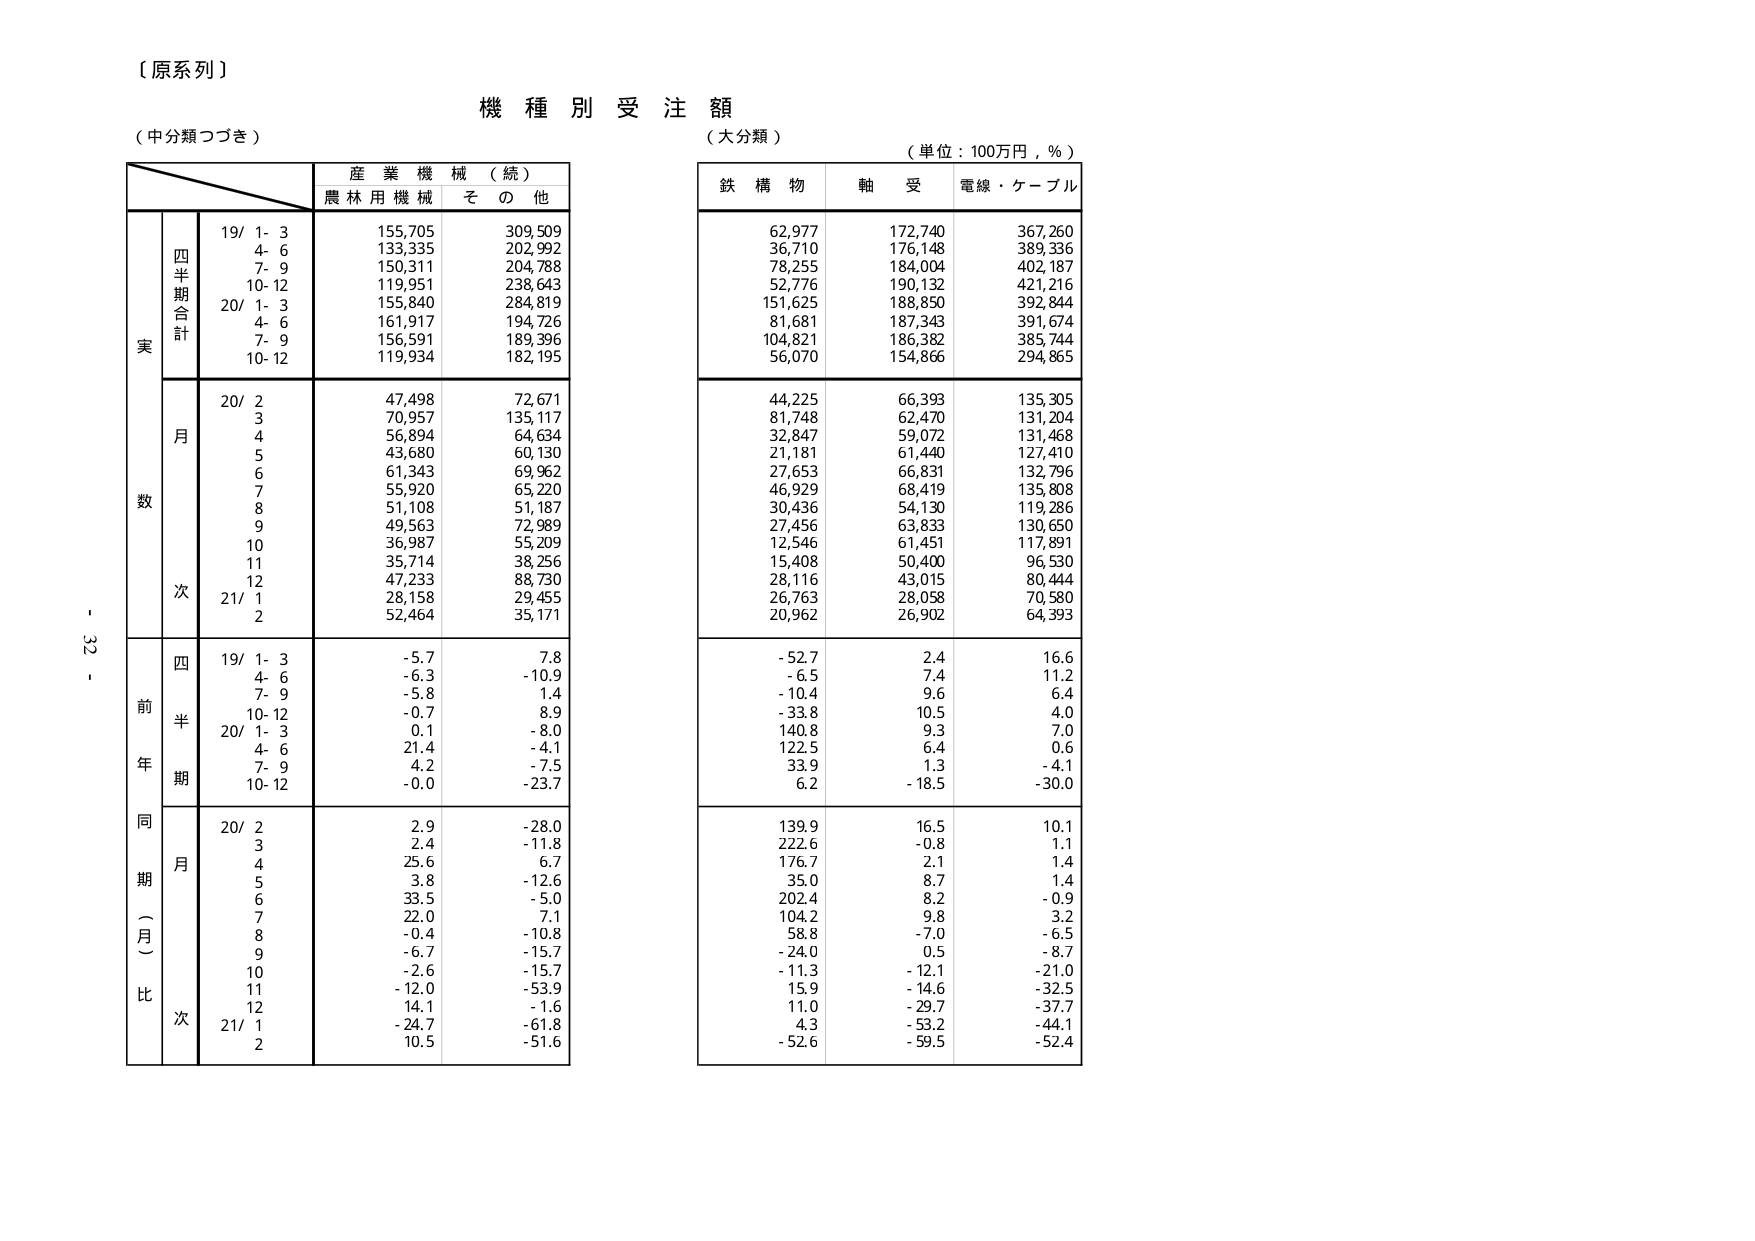
【原系列】
機種別受注額
（中分類つづき）
（大分類）
（単位：100万円，％）

産業機械（続）
農林用機械　その他

鉄構物　軸受　電線・ケーブル

四半期合計
19/ 1-3　155,705　309,509
　4-6　133,335　202,992
　7-9　150,311　204,788
　10-12　119,951　238,643
20/ 1-3　155,840　284,819
　4-6　161,917　194,726
　7-9　156,591　189,396
　10-12　119,934　182,195

月次
20/ 2　47,498　72,671
　3　70,957　135,117
　4　56,894　64,634
　5　43,680　60,130
　6　61,343　69,962
　7　55,920　65,220
　8　51,108　51,187
　9　49,563　72,989
　10　36,987　55,209
　11　35,714　38,256
　12　47,233　88,730
21/ 1　28,158　29,455
　2　52,464　35,171

前年同期（月）比
四半期
19/ 1-3　-5.7　7.8
　4-6　-6.3　-10.9
　7-9　-5.8　1.4
　10-12　-0.7　8.9
20/ 1-3　0.1　-8.0
　4-6　21.4　-4.1
　7-9　4.2　-7.5
　10-12　-0.0　-23.7

月次
20/ 2　2.9　-28.0
　3　2.4　-11.8
　4　25.6　6.7
　5　3.8　-12.6
　6　33.5　-5.0
　7　22.0　7.1
　8　-0.4　-10.8
　9　-6.7　-15.7
　10　-2.6　-15.7
　11　-12.0　-53.9
　12　14.1　-1.6
21/ 1　-24.7　-61.8
　2　10.5　-51.6

62,977　172,740　367,260
36,710　176,148　389,336
78,255　184,004　402,187
52,776　190,132　421,216
151,625　188,850　392,844
81,681　187,343　391,674
104,821　186,382　385,744
56,070　154,866　294,865

44,225　66,393　135,305
81,748　62,470　131,204
32,847　59,072　131,468
21,181　61,440　127,410
27,653　66,831　132,796
46,929　68,419　135,808
30,436　54,130　119,286
27,456　63,833　130,650
12,546　61,451　117,891
15,408　50,400　96,530
28,116　43,015　80,444
26,763　28,058　70,580
20,962　26,902　64,393

-52.7　2.4　16.6
-6.5　7.4　11.2
-10.4　9.6　6.4
-33.8　10.5　4.0
140.8　9.3　7.0
122.5　6.4　0.6
33.9　1.3　-4.1
6.2　-18.5　-30.0

139.9　16.5　10.1
222.6　-0.8　1.1
176.7　2.1　1.4
35.0　8.7　1.4
202.4　8.2　-0.9
104.2　9.8　3.2
58.8　-7.0　-6.5
-24.0　0.5　-8.7
-11.3　-12.1　-21.0
15.9　-14.6　-32.5
11.0　-29.7　-37.7
4.3　-53.2　-44.1
-52.6　-59.5　-52.4

- 32 -